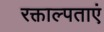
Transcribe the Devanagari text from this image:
रक्ताल्पताएं